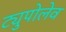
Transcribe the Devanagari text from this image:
ट्युपोलेव